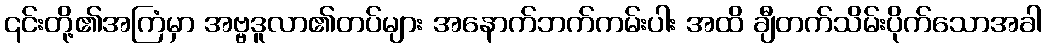
၎င်းတို့၏အကြံမှာ အဗ္ဗဒူလာ၏တပ်များ အနောက်ဘက်ကမ်းပါး အထိ ချီတက်သိမ်းပိုက်သောအခါ